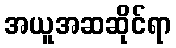
အယူအဆဆိုင်ရာ